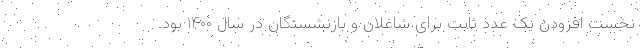
نخست افزودن یک عدد ثابت برای شاغلان و بازنشستگان در سال ۱۴۰۰ بود.